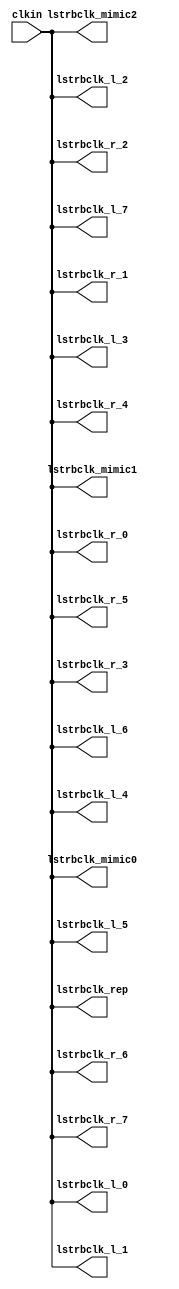
// This program was cloned from: https://github.com/intel/aib-phy-hardware
// License: Apache License 2.0

// SPDX-License-Identifier: Apache-2.0
// Copyright (C) 2019 Intel Corporation. All rights reserved
//------------------------------------------------------------------------
// Copyright (c) 2012 Altera Corporation. All rights reserved.
//
// reproduce without proper written authorization. A copyright
// notice must be reproduced on all authorized copies. Please destroy all
// copies immediately upon receipt if you have not received such
// authorization.
//------------------------------------------------------------------------
// Revision:    $Revision: 1 $
//------------------------------------------------------------------------
// Description: skew-matched clock distribution network
//------------------------------------------------------------------------

`timescale 1ps/1ps
module aibcr3_clktree_avmm 
#(
parameter SKEW_DELAY     = 60   //min:20ps; typ :60ps; max:100ps
)
(
   input  wire         clkin,                   //clock source
   output wire 	       lstrbclk_l_0, 	        //buffered clock
   output wire         lstrbclk_l_1,            //buffered clock
   output wire         lstrbclk_l_2,            //buffered clock
   output wire         lstrbclk_l_3,            //buffered clock
   output wire         lstrbclk_l_4,            //buffered clock
   output wire         lstrbclk_l_5,            //buffered clock
   output wire         lstrbclk_l_6,            //buffered clock
   output wire         lstrbclk_l_7,            //buffered clock
   output wire         lstrbclk_r_0,            //buffered clock
   output wire         lstrbclk_r_1,            //buffered clock
   output wire         lstrbclk_r_2,            //buffered clock
   output wire         lstrbclk_r_3,            //buffered clock
   output wire         lstrbclk_r_4,            //buffered clock
   output wire         lstrbclk_r_5,            //buffered clock
   output wire         lstrbclk_r_6,            //buffered clock
   output wire         lstrbclk_r_7,            //buffered clock
   output wire         lstrbclk_rep, 	        //replica for DLL
   output wire         lstrbclk_mimic0,         //mimic path for load matching
   output wire         lstrbclk_mimic1,         //mimic path for load matching   
   output wire         lstrbclk_mimic2          //mimic path for load matching
);

`ifdef TIMESCALE_EN
  timeunit 1ps;
  timeprecision 1ps;
`endif
  
                assign #SKEW_DELAY lstrbclk_l_0 = clkin;
                assign #SKEW_DELAY lstrbclk_l_1 = clkin;
                assign #SKEW_DELAY lstrbclk_l_2 = clkin;
                assign #SKEW_DELAY lstrbclk_l_3 = clkin;
                assign #SKEW_DELAY lstrbclk_l_4 = clkin;
                assign #SKEW_DELAY lstrbclk_l_5 = clkin;
                assign #SKEW_DELAY lstrbclk_l_6 = clkin;
                assign #SKEW_DELAY lstrbclk_l_7 = clkin;
                assign #SKEW_DELAY lstrbclk_r_0 = clkin;
                assign #SKEW_DELAY lstrbclk_r_1 = clkin;
                assign #SKEW_DELAY lstrbclk_r_2 = clkin;
                assign #SKEW_DELAY lstrbclk_r_3 = clkin;
                assign #SKEW_DELAY lstrbclk_r_4 = clkin;
                assign #SKEW_DELAY lstrbclk_r_5 = clkin;
                assign #SKEW_DELAY lstrbclk_r_6 = clkin;
                assign #SKEW_DELAY lstrbclk_r_7 = clkin;
                assign #SKEW_DELAY lstrbclk_rep = clkin;
                assign #SKEW_DELAY lstrbclk_mimic0 = clkin;
                assign #SKEW_DELAY lstrbclk_mimic1 = clkin;
                assign #SKEW_DELAY lstrbclk_mimic2 = clkin;

endmodule // aibcr_clktree_avmm